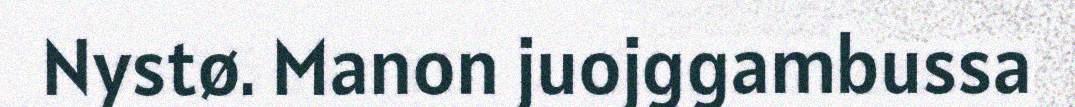
Nystø. Manon juojggambussa